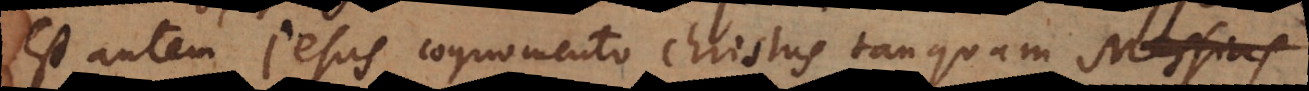
est autem Jesus cognomento Christus tanquam Messias